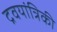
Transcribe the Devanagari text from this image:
द्रवयांत्रिकी